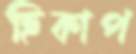
হিকাপ